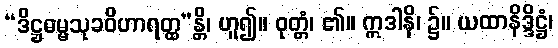
“ဒိဋ္ဌဓမ္မသုခဝိဟာရတ္ထ”န္တိ၊ ဟူ၍။ ဝုတ္တံ၊ ၏။ ဣဒါနိ၊ ၌။ ယထာနိဒ္ဒိဋ္ဌံ၊